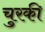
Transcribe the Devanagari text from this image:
चुरकी